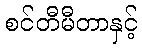
စင်တီမီတာနှင့်